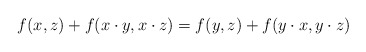
\begin{align*}f(x,z)+f(x\cdot y,x\cdot z)=f(y,z)+f(y\cdot x,y\cdot z)\end{align*}